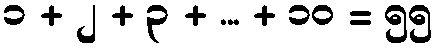
၁ + ၂ + ၃ + ... + ၁၀ = ၅၅